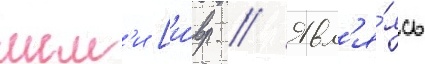
шем'и [и́вр. // Явл'я́ясь